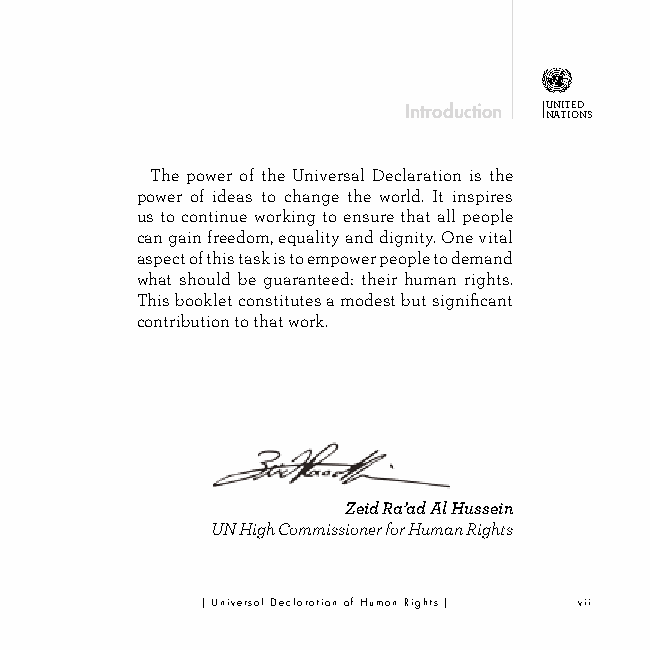
Introduction U NN ATIT IOED NS
 The power of the Universal Declaration is the
 power of ideas to change the world. It inspires
 us to continue working to ensure that all people
 can gain freedom, equality and dignity. One vital
 aspect of this task is to empower people to demand
 what should be guaranteed: their human rights.
 This booklet constitutes a modest but significant
 contribution to that work.
 Zeid Ra’ad Al Hussein
 UN High Commissioner for Human Rights
 | Universal Declaration of Human Rights | vii